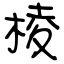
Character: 棱